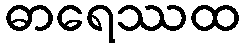
ဓာရေဿထ